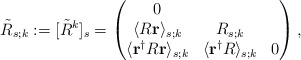
\begin{align*}\tilde{R}_{s;k}:=[\tilde{R}^k]_s= \begin{pmatrix} 0 & & \\ \langle R\mathbf{r}\rangle_{s;k} & R_{s;k} & \\ \langle \mathbf{r}^\dag R\mathbf{r}\rangle_{s;k} & \langle \mathbf{r}^\dag R\rangle_{s;k} & 0 \end{pmatrix},\end{align*}